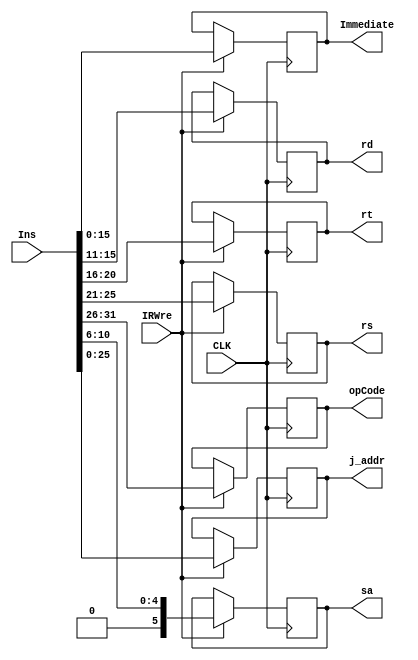
`timescale 1ns / 1ps
//////////////////////////////////////////////////////////////////////////////////
// Company: 
// Engineer: 
// 
// Design Name: 
// Module Name: IR
// Project Name: 
// Target Devices: 
// Tool Versions: 
// Description: 
// 
// Dependencies: 
// 
// Revision:
// Revision 0.01 - File Created
// Additional Comments:
// 
//////////////////////////////////////////////////////////////////////////////////


module IR(
    input CLK, IRWre,
    input [31:0] Ins,
    output reg [5:0] opCode,   
    output reg [4:0] rs, rt, rd,  
    output reg [15:0] Immediate,
    output reg [25:0] j_addr,
    output reg [5:0] sa
    );
    always @ (posedge CLK) begin
        if (IRWre == 1) begin
            opCode = Ins[31:26];
            rs = Ins[25:21];
            rt = Ins[20:16];
            rd = Ins[15:11];
            Immediate = Ins[15:0];
            j_addr = Ins[25:0];
            sa = Ins[10:6];
        end
    end
endmodule